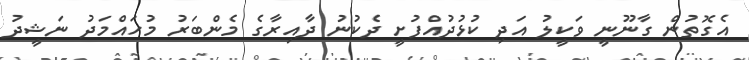
އެގޮތުން ގާނޫނީ ވަކީލު އަދި ކުޅުދުއްފުށީ ދެކުނު ދާއިރާގެ މެންބަރު މުހައްމަދު ނަޝީދު